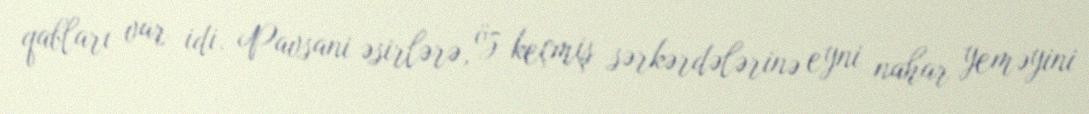
qabları var idi. Pavsani əsirlərə, öz keçmiş sərkərdələrinə eyni nahar yeməyini